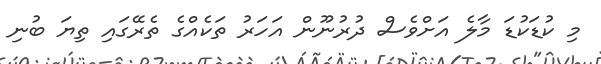
މި ކުޑަކުޑަ މާލެ އަށްވެސް ދުރުނޫން އަހަރު ތަކެއްގެ ތެރޭގައި ތިޔަ ބުނި